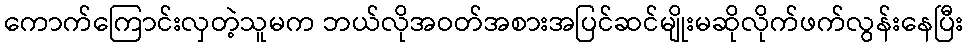
ကောက်ကြောင်းလှတဲ့သူမက ဘယ်လိုအဝတ်အစားအပြင်ဆင်မျိုးမဆိုလိုက်ဖက်လွန်းနေပြီး